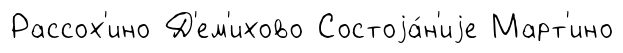
Рассох'ино Д'ем'ихово Состоjа́н'иjе Март'ино